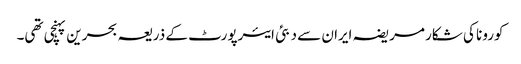
کورونا کی شکار مریضہ ایران سے دبئی ایئرپورٹ کے ذریعہ بحرین پہنچی تھی۔